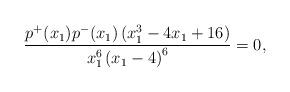
LaTeX: \begin{align*} \frac{p^{+}(x_1) p^{-}(x_1) \left(x_1^3-4x_1+16\right)}{x_1^6\left(x_1-4\right)^6}=0, \end{align*}